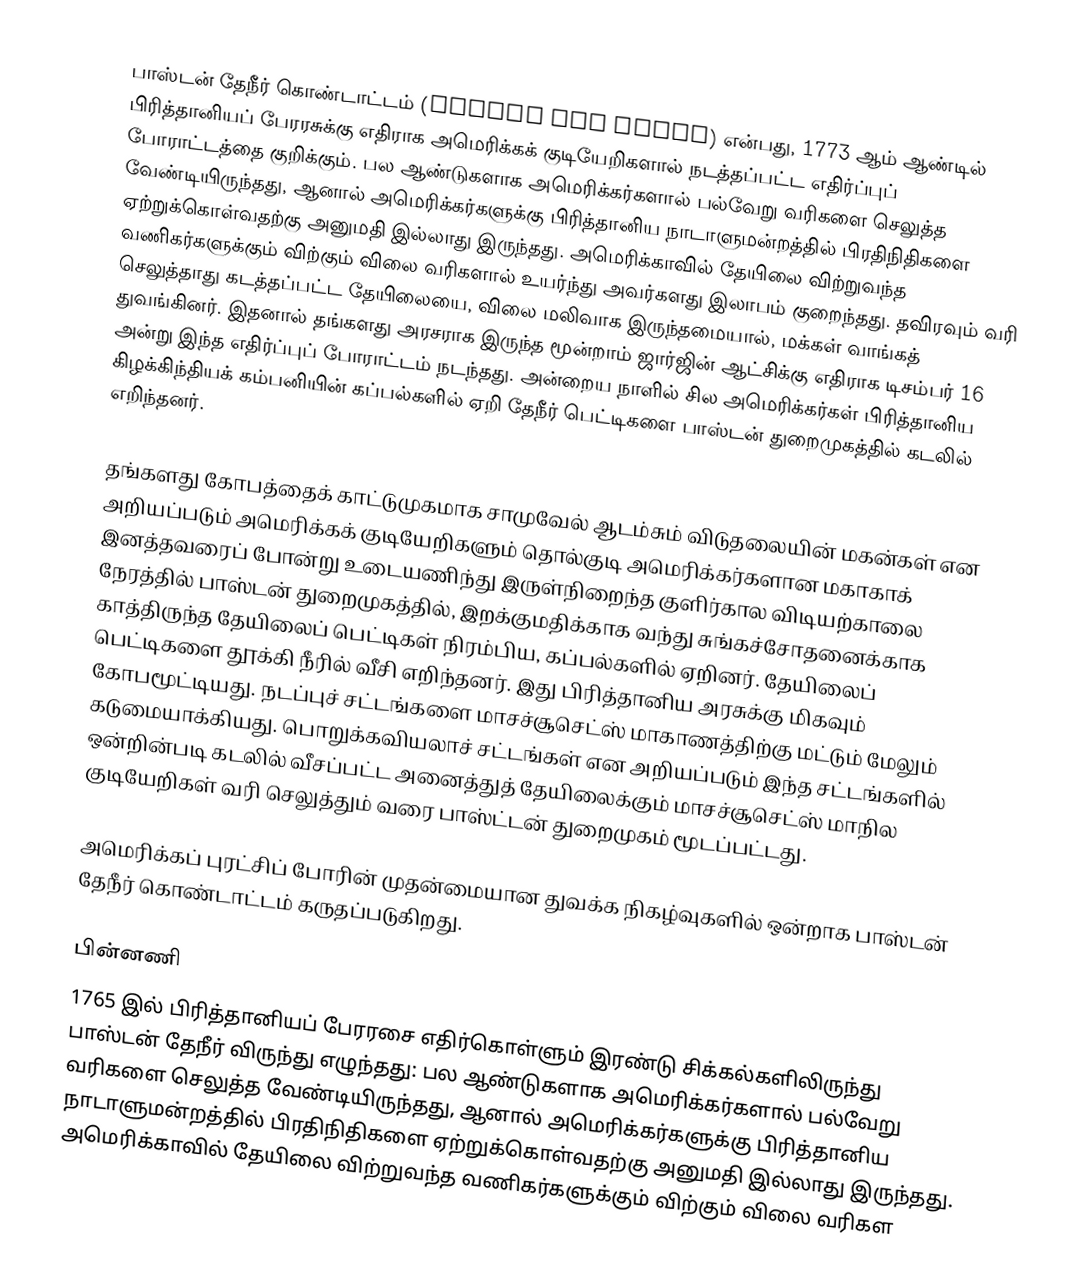
பாஸ்டன் தேநீர் கொண்டாட்டம் (Boston Tea Party) என்பது, 1773 ஆம் ஆண்டில் பிரித்தானியப் பேரரசுக்கு எதிராக அமெரிக்கக் குடியேறிகளால் நடத்தப்பட்ட எதிர்ப்புப் போராட்டத்தை குறிக்கும். பல ஆண்டுகளாக அமெரிக்கர்களால் பல்வேறு வரிகளை செலுத்த வேண்டியிருந்தது, ஆனால் அமெரிக்கர்களுக்கு பிரித்தானிய நாடாளுமன்றத்தில் பிரதிநிதிகளை ஏற்றுக்கொள்வதற்கு அனுமதி இல்லாது இருந்தது. அமெரிக்காவில் தேயிலை விற்றுவந்த வணிகர்களுக்கும் விற்கும் விலை வரிகளால் உயர்ந்து அவர்களது இலாபம் குறைந்தது. தவிரவும் வரி செலுத்தாது கடத்தப்பட்ட தேயிலையை, விலை மலிவாக இருந்தமையால், மக்கள் வாங்கத் துவங்கினர். இதனால் தங்களது அரசராக இருந்த மூன்றாம் ஜார்ஜின் ஆட்சிக்கு எதிராக டிசம்பர் 16 அன்று  இந்த எதிர்ப்புப் போராட்டம் நடந்தது. அன்றைய நாளில் சில அமெரிக்கர்கள் பிரித்தானிய கிழக்கிந்தியக் கம்பனியின் கப்பல்களில் ஏறி தேநீர் பெட்டிகளை பாஸ்டன் துறைமுகத்தில் கடலில் எறிந்தனர்.

தங்களது கோபத்தைக் காட்டுமுகமாக சாமுவேல் ஆடம்சும் விடுதலையின் மகன்கள்  என அறியப்படும் அமெரிக்கக் குடியேறிகளும் தொல்குடி அமெரிக்கர்களான மகாகாக் இனத்தவரைப் போன்று உடையணிந்து  இருள்நிறைந்த குளிர்கால விடியற்காலை நேரத்தில் பாஸ்டன் துறைமுகத்தில், இறக்குமதிக்காக வந்து சுங்கச்சோதனைக்காக காத்திருந்த தேயிலைப் பெட்டிகள் நிரம்பிய, கப்பல்களில் ஏறினர். தேயிலைப் பெட்டிகளை தூக்கி நீரில் வீசி எறிந்தனர். இது பிரித்தானிய அரசுக்கு மிகவும் கோபமூட்டியது. நடப்புச் சட்டங்களை மாசச்சூசெட்ஸ் மாகாணத்திற்கு  மட்டும் மேலும் கடுமையாக்கியது. பொறுக்கவியலாச் சட்டங்கள் என அறியப்படும் இந்த சட்டங்களில் ஒன்றின்படி கடலில் வீசப்பட்ட அனைத்துத் தேயிலைக்கும் மாசச்சூசெட்ஸ் மாநில குடியேறிகள்  வரி செலுத்தும் வரை பாஸ்ட்டன் துறைமுகம் மூடப்பட்டது.

அமெரிக்கப் புரட்சிப் போரின் முதன்மையான துவக்க நிகழ்வுகளில் ஒன்றாக பாஸ்டன் தேநீர் கொண்டாட்டம் கருதப்படுகிறது.

பின்னணி
1765 இல் பிரித்தானியப் பேரரசை எதிர்கொள்ளும் இரண்டு சிக்கல்களிலிருந்து பாஸ்டன் தேநீர் விருந்து எழுந்தது: பல ஆண்டுகளாக அமெரிக்கர்களால் பல்வேறு வரிகளை செலுத்த வேண்டியிருந்தது, ஆனால் அமெரிக்கர்களுக்கு பிரித்தானிய நாடாளுமன்றத்தில் பிரதிநிதிகளை ஏற்றுக்கொள்வதற்கு அனுமதி இல்லாது இருந்தது. அமெரிக்காவில் தேயிலை விற்றுவந்த வணிகர்களுக்கும் விற்கும் விலை வரிகள